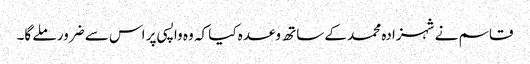
قاسم نے شہزادہ محمد کے ساتھ وعدہ کیا کہ وہ واپسی پر اس سے ضرور ملے گا۔